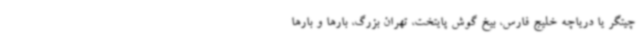
چیتگر یا دریاچه خلیج فارس، بیخ گوش پایتخت، تهران بزرگ، بارها و بارها